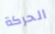
الحركة